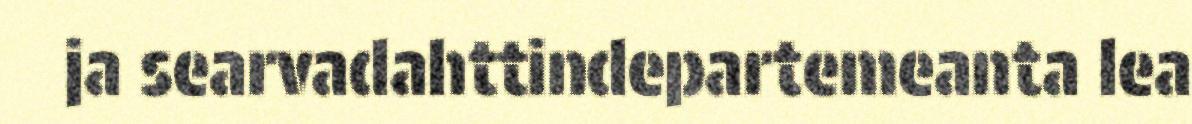
ja searvadahttindepartemeanta lea